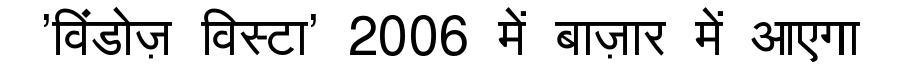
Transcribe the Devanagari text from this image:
'विंडोज़ विस्टा' 2006 में बाज़ार में आएगा